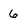
Character: 6